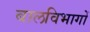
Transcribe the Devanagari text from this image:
बालविभागों